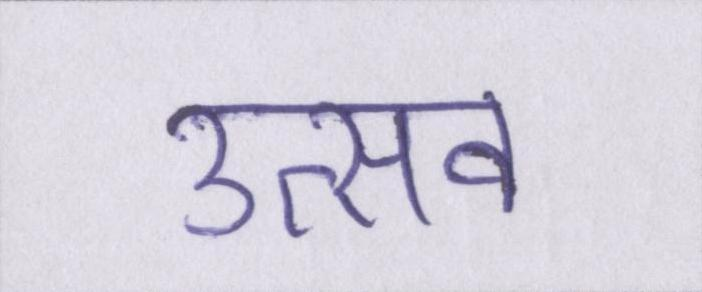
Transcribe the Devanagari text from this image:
उत्सव